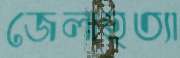
জেলাহত্যা